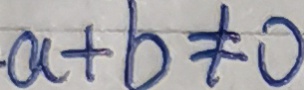
a + b \neq 0